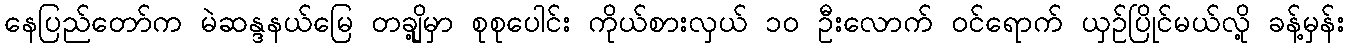
နေပြည်တော်က မဲဆန္ဒနယ်မြေ တချို့မှာ စုစုပေါင်း ကိုယ်စားလှယ် ၁၀ ဦးလောက် ဝင်ရောက် ယှဉ်ပြိုင်မယ်လို့ ခန့်မှန်း